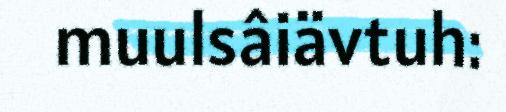
muulsâiävtuh: